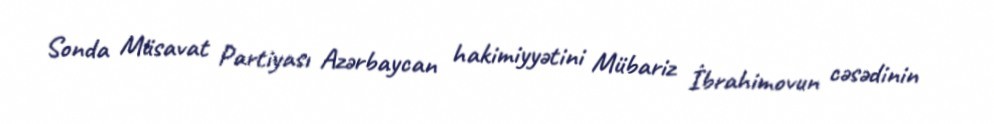
Sonda Müsavat Partiyası Azərbaycan hakimiyyətini Mübariz İbrahimovun cəsədinin